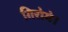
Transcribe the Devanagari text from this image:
गिरोगे।